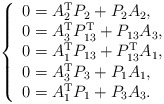
\begin{align*}\left \{\begin{array}[c]{l}0=A_{2}^{\mathrm{T}}P_{2}+P_{2}A_{2},\\0=A_{3}^{\mathrm{T}}P_{13}^{\mathrm{T}}+P_{13}A_{3},\\0=A_{1}^{\mathrm{T}}P_{13}+P_{13}^{\mathrm{T}}A_{1},\\0=A_{3}^{\mathrm{T}}P_{3}+P_{1}A_{1},\\0=A_{1}^{\mathrm{T}}P_{1}+P_{3}A_{3}.\end{array}\right. \end{align*}